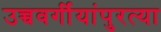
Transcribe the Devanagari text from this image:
उच्चवर्गीयांपुरत्या